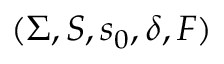
( \Sigma , S , s _ { 0 } , \delta , F )